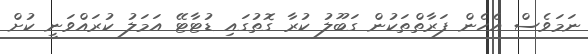
ނަމަވެސް އެހެން ފަރާތްތަކުން ގަބޫލު ކުރާ ގޮތުގައި ޑުޓާޓޭ އަމަލު ކުރައްވަނީ ކުށް